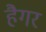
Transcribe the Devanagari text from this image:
हैगर